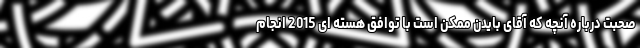
صحبت درباره آنچه که آقای بایدن ممکن است با توافق هسته ای 2015 انجام